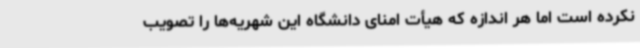
نکرده است اما هر اندازه که هیأت امنای دانشگاه این شهریه‌ها را تصویب